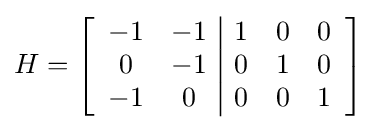
H=\left[{\begin{array}{cc|ccc}-1&-1&1&0&0\\0&-1&0&1&0\\-1&0&0&0&1\\\end{array}}\right]